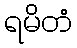
ရမိတံ